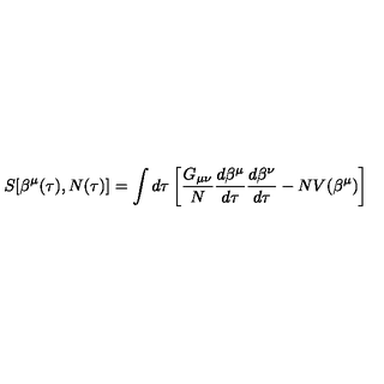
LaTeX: S [ \beta ^ { \mu } ( \tau ) , N ( \tau ) ] = \int d \tau \left[ \frac { G _ { \mu \nu } } { N } \frac { d \beta ^ { \mu } } { d \tau } \frac { d \beta ^ { \nu } } { d \tau } - N V ( \beta ^ { \mu } ) \right]